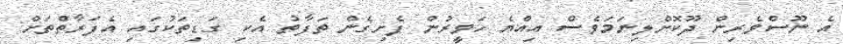
އެ ނޫސްވެރިން ދޫކޮށްލިނަމަވެސް އިއްޔެ ހަވީރުން ފެށިގެން ތަފާތު އެކި ގަޑިތަކުގައި އެފަރާތްތަށް